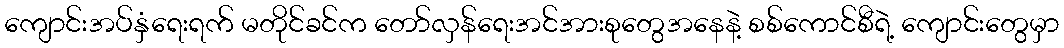
ကျောင်းအပ်နှံရေးရက် မတိုင်ခင်က တော်လှန်ရေးအင်အားစုတွေအနေနဲ့ စစ်ကောင်စီရဲ့ ကျောင်းတွေမှာ